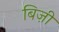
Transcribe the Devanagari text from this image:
बिज़ी